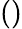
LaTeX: ()